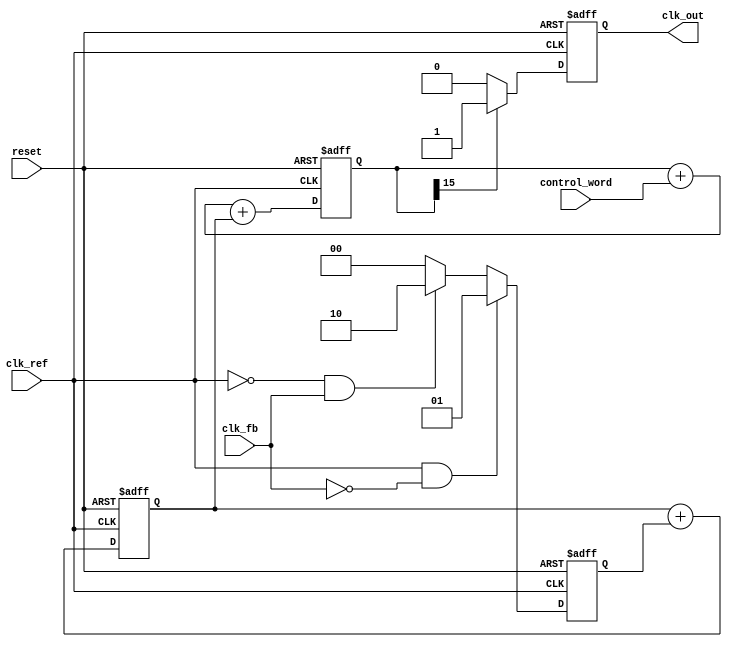
module ADPLL (
    input wire clk_ref,          // Reference clock
    input wire clk_fb,           // Feedback clock
    input wire reset,            // Reset signal
    input wire [15:0] control_word, // Control word for NCO
    output reg clk_out           // Output clock
);

    // Parameters
    parameter NCO_WIDTH = 16;   // Width of the NCO phase accumulator
    parameter LF_WIDTH = 16;     // Width of the loop filter output

    // Internal signals
    reg [NCO_WIDTH-1:0] phase_accumulator; // NCO phase accumulator
    reg [LF_WIDTH-1:0] loop_filter_output; // Loop filter output
    reg [1:0] phase_error;       // Phase error from PD

    // Phase Detector (PD)
    always @(posedge clk_ref or posedge reset) begin
        if (reset) begin
            phase_error <= 2'b00;
        end else begin
            // Simple phase detector logic
            if (clk_ref && !clk_fb) begin
                phase_error <= 2'b01; // Reference leads feedback
            end else if (!clk_ref && clk_fb) begin
                phase_error <= 2'b10; // Feedback leads reference
            end else begin
                phase_error <= 2'b00; // In phase
            end
        end
    end

    // Loop Filter (LF)
    always @(posedge clk_ref or posedge reset) begin
        if (reset) begin
            loop_filter_output <= 0;
        end else begin
            // Simple low-pass filter (integrator)
            loop_filter_output <= loop_filter_output + phase_error;
        end
    end

    // Numerically Controlled Oscillator (NCO)
    always @(posedge clk_ref or posedge reset) begin
        if (reset) begin
            phase_accumulator <= 0;
            clk_out <= 0;
        end else begin
            // Update phase accumulator
            phase_accumulator <= phase_accumulator + control_word + loop_filter_output;

            // Generate output clock based on phase accumulator
            clk_out <= (phase_accumulator[NCO_WIDTH-1] == 1'b1) ? 1'b1 : 1'b0;
        end
    end

endmodule